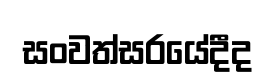
සංවත්සරයේදීද